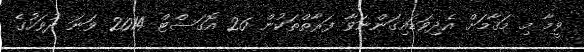
ވީމާ މި މަޤާމަށް އެދިވަޑައިގަންނަވާ ފަރާތްތަކުން 26 އޮގަސްޓް 2014 ވަނަ ދުވަހުގެ